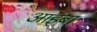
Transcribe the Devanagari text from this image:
आईबा